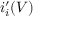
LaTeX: i _ { i } ^ { \prime } ( V )